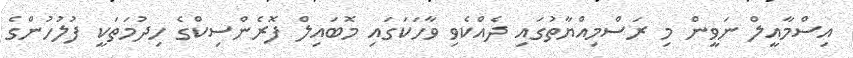
އިސްމާއީލް ނަވީން މި ރަސްމިއްޔާތުގައި ދެއްކެވި ވާހަކަގައި މޮބައިލް ފޮރެންސިކްގެ ހިދުމަތަކީ ފުލުހުންގެ